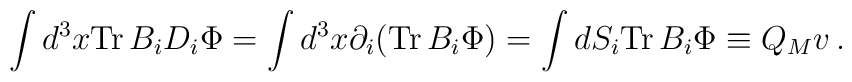
\int d^3x {\rm Tr}\,  B_i D_i\Phi =  \int d^3x  \partial_i    ({\rm Tr}\,B_i\Phi) = \int dS_i {\rm Tr}\, B_i\Phi   \equiv Q_M  v  \, .